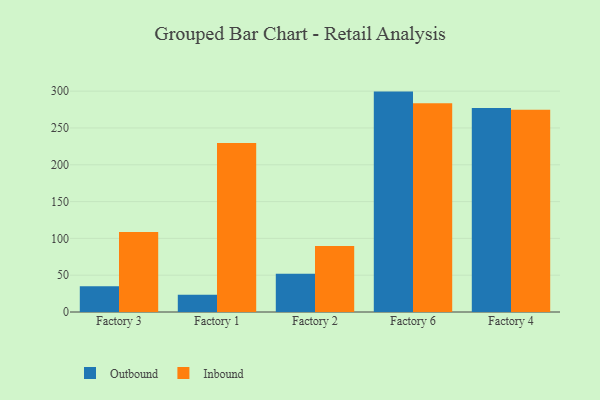
{"axis": {"x": "Factory", "y": "Energy Usage (MWh)"}, "legend": ["Inbound", "Outbound"], "data": [{"x": "Factory 3", "y": 34.9, "type": "Outbound"}, {"x": "Factory 3", "y": 108.6, "type": "Inbound"}, {"x": "Factory 1", "y": 23.6, "type": "Outbound"}, {"x": "Factory 1", "y": 229.7, "type": "Inbound"}, {"x": "Factory 2", "y": 52.1, "type": "Outbound"}, {"x": "Factory 2", "y": 89.8, "type": "Inbound"}, {"x": "Factory 6", "y": 299.4, "type": "Outbound"}, {"x": "Factory 6", "y": 283.6, "type": "Inbound"}, {"x": "Factory 4", "y": 277.0, "type": "Outbound"}, {"x": "Factory 4", "y": 274.9, "type": "Inbound"}]}